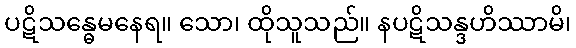
ပဋိသန္ဓေမနေရ။ သော၊ ထိုသူသည်။ နပဋိသန္ဒဟိဿာမိ၊